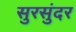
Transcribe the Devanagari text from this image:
सुरसुंदर